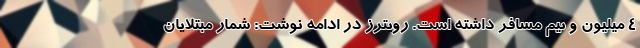
۴ میلیون و نیم مسافر داشته است. رویترز در ادامه نوشت: شمار مبتلایان